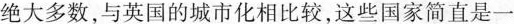
绝大多数，与英国的城市化相比较，这些国家简直是一